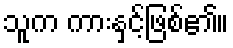
သူက ကားနှင့်ဖြစ်၏။